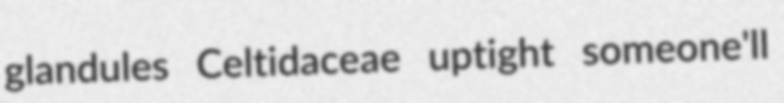
glandules Celtidaceae uptight someone'll